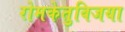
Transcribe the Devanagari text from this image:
रोमकेतुविजया